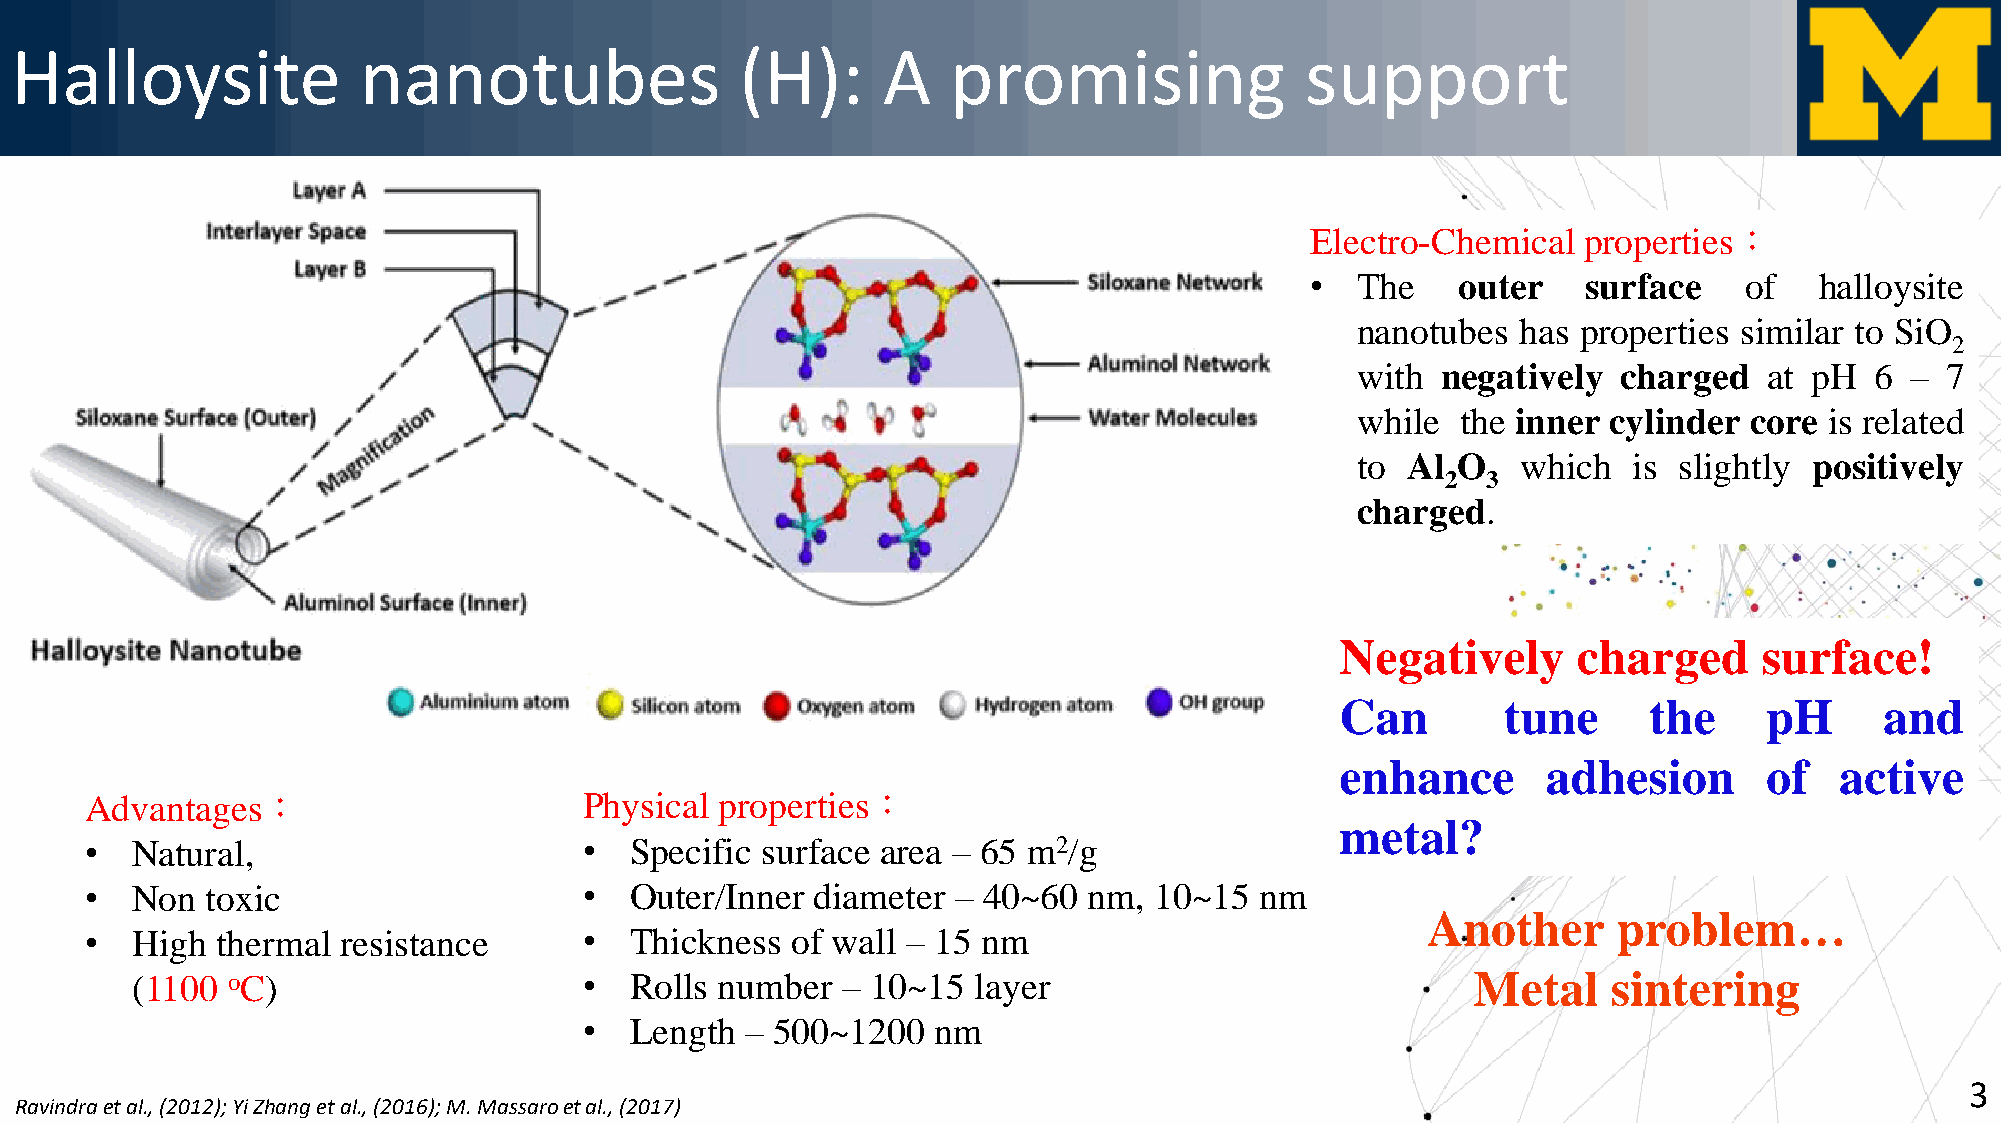
Halloysite             nanotubes                (H):     A    promising              support
 Electro-Chemical  properties：
 •  The   outer    surface   of   halloysite
 nanotubes  has properties similar to SiO
 2
 with negatively  charged   at pH  6 –  7
 while  the inner cylinder core is related
 to Al O    which  is slightly positively
 2 3
 charged.
 Negatively     charged      surface!
 Can        tune     the     pH      and
 enhance      adhesion       of   active
 Advantages：                      Physical properties：
 metal?
 •  Natural,                      •  Specific surface area – 65 m2/g
 •  Non  toxic                    •  Outer/Inner diameter – 40~60  nm, 10~15  nm
 Another      problem…
 •  High thermal  resistance      •  Thickness of wall – 15 nm
 (1100 oC)                     •  Rolls number  – 10~15  layer                           Metal     sintering
 •  Length – 500~1200   nm
 3
 Ravindraet al., (2012); Yi Zhang et al., (2016); M. Massaroet al., (2017)